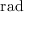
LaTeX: \mathrm { r a d }